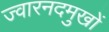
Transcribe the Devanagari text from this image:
ज्वारनदमुखों